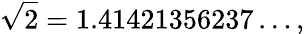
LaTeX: {\sqrt{2}}=1.41421356237\dots,